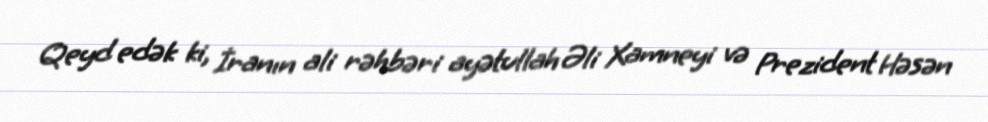
Qeyd edək ki, İranın ali rəhbəri ayətullah Əli Xamneyi və Prezident Həsən